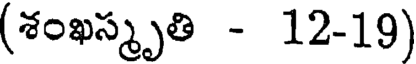
(శంఖస్మృతి - 12-19)